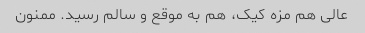
عالی هم مزه کیک، هم به موقع و سالم رسید. ممنون